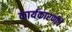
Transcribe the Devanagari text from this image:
कार्यकारणीचे